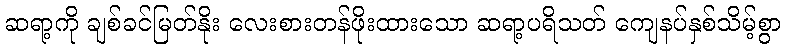
ဆရာ့ကို ချစ်ခင်မြတ်နိုး လေးစားတန်ဖိုးထားသော ဆရာ့ပရိသတ် ကျေနပ်နှစ်သိမ့်စွာ